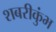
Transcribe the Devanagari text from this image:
शबरीकुंभ